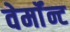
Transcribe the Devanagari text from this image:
वेर्माॅन्ट